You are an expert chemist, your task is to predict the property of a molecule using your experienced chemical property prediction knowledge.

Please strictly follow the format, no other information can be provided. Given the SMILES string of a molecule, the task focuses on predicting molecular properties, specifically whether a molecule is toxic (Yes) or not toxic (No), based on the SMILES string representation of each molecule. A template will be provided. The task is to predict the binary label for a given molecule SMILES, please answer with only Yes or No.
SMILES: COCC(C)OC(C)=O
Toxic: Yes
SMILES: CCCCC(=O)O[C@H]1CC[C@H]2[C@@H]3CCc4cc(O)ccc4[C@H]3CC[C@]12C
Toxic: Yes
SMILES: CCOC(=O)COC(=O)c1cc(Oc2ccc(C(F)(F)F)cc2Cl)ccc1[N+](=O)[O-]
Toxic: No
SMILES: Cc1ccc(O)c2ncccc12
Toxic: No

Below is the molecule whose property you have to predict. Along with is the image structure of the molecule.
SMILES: CC(=O)N[C@@H](CC(=O)N[C@@H](CCC(=O)O)C(=O)O)C(=O)O
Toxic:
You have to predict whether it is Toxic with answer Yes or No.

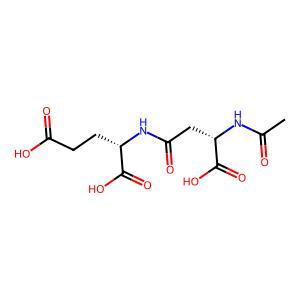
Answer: No